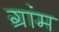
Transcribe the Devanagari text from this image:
ग्रांम